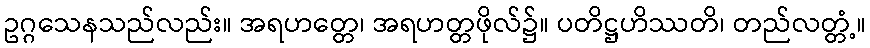
ဥဂ္ဂသေနသည်လည်း။ အရဟတ္တေ၊ အရဟတ္တဖိုလ်၌။ ပတိဋ္ဌဟိဿတိ၊ တည်လတ္တံ့။